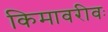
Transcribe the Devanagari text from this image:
किमावरीवः